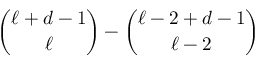
\binom { \ell + d - 1 } { \ell } - \binom { \ell - 2 + d - 1 } { \ell - 2 }